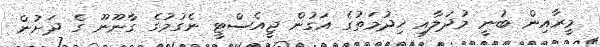
މީރާއިން ބުނީ މުދަލާއި ހިދުމަތުގެ އަގުން ޖީއެސްޓީ ނެގުމުގެ ގާނޫނޫ ގެ ދަށުން